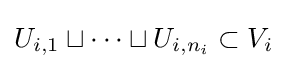
U_{i,1}\sqcup \cdots \sqcup U_{i,n_{i}}\subset V_{i}